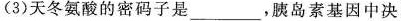
(3)天冬氨酸的密码子是____，胰岛素基因中决